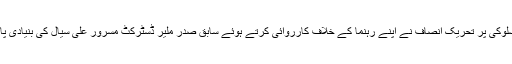
دوسری جانب صحافی سے بدسلوکی پر تحریکِ انصاف نے اپنے رہنما کے خلاف کارروائی کرتے ہوئے سابق صدر ملیر ڈسٹرکٹ مسرور علی سیال کی بنیادی پارٹی رکنیت معطل کر دی ہے۔